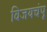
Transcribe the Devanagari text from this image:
विजयचंपू